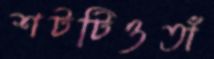
শটটিওতাঁ